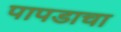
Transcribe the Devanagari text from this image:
पापडाचा